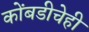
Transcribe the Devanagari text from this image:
कोंबडीचेही